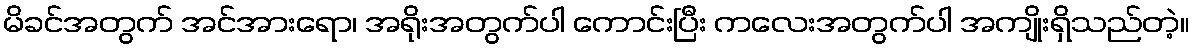
မိခင်အတွက် အင်အားရော၊ အရိုးအတွက်ပါ ကောင်းပြီး ကလေးအတွက်ပါ အကျိုးရှိသည်တဲ့။